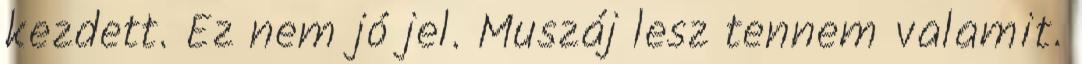
kezdett. Ez nem jó jel. Muszáj lesz tennem valamit.